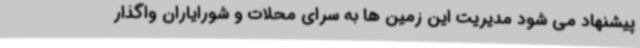
پیشنهاد می شود مدیریت این زمین ها به سرای محلات و شورایاران واگذار